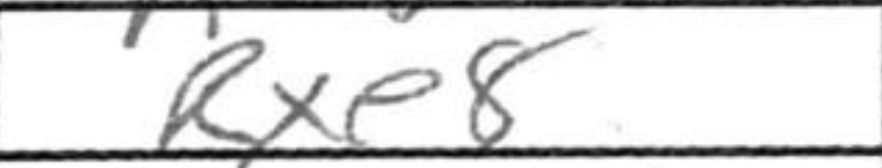
Transcription: Rxe8